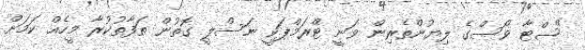
"ސްޓާ ވޯސްގެ ލިޔުންތެރިން ވަނީ ޓްރަމްޕަކީ ނަސްލީ ގޮތުން ތަފާތުކުރާ މީހެއް ކަމަށް